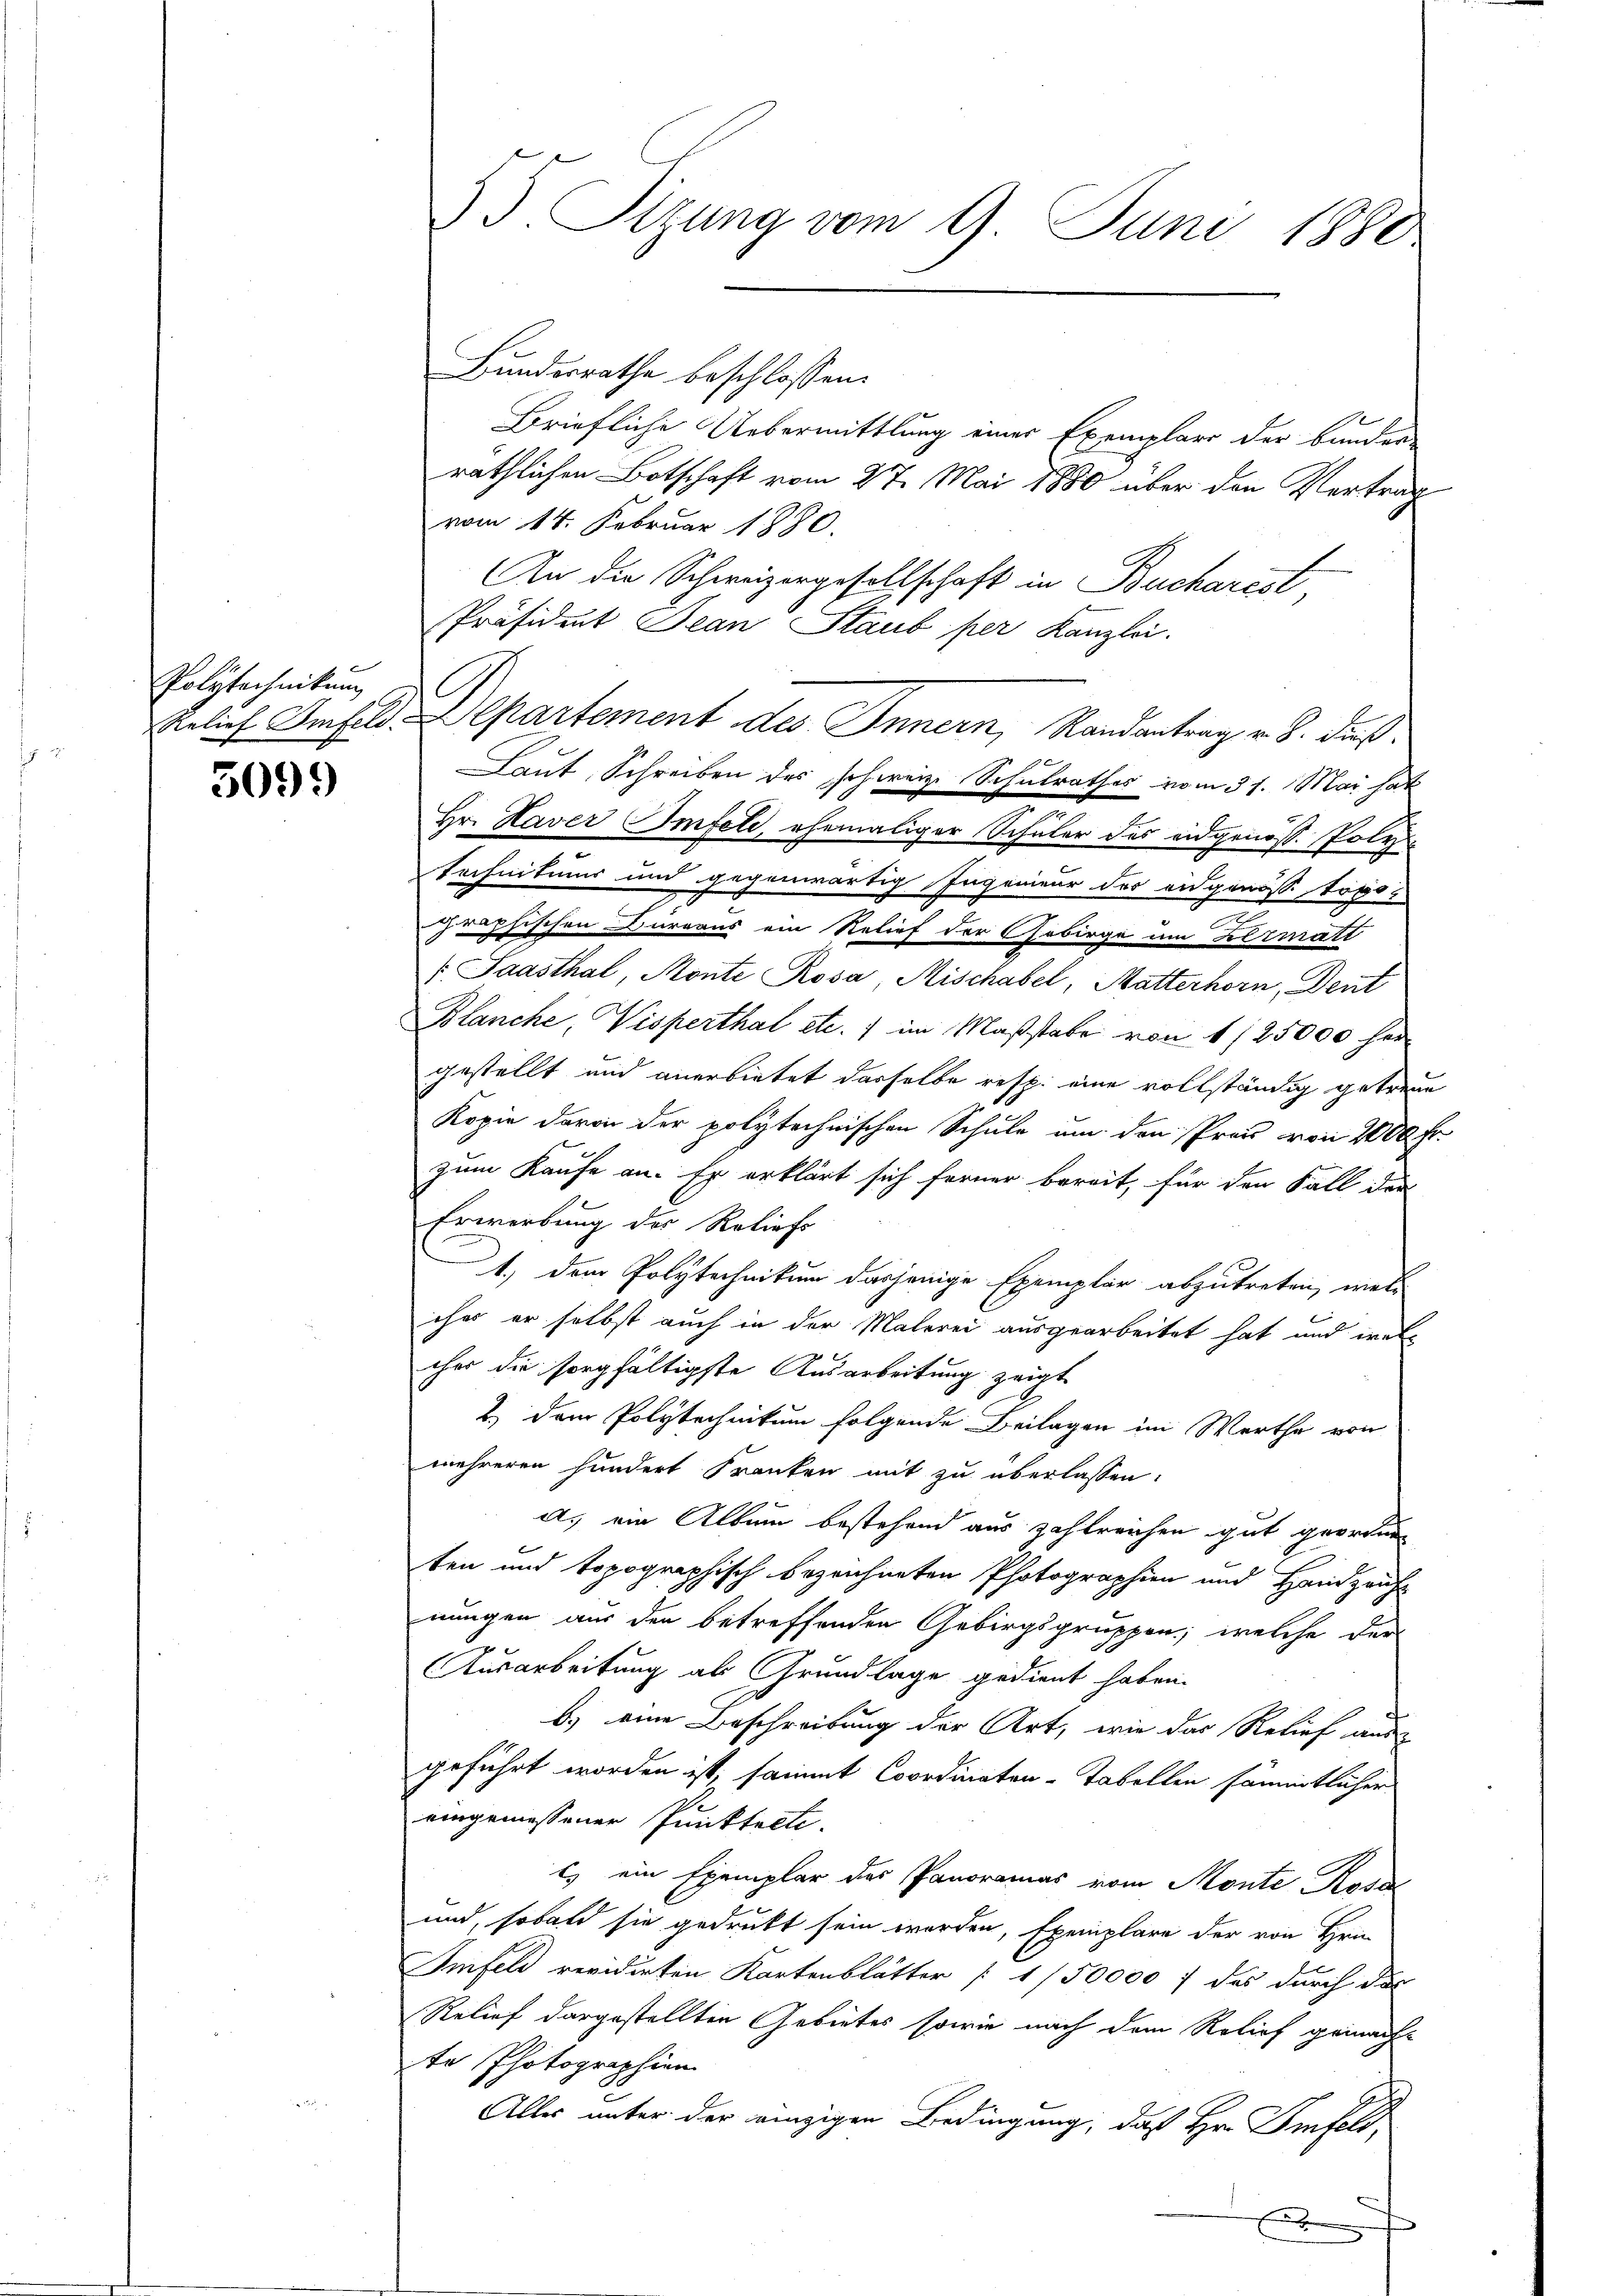
Polytechnikum

5099

33. Sitzung vom 9. Juni 1880

Bundesrathe beschlossen:
Briefliche Uebermittlung einer Exemplare der Bunden
räthlichen Botschaft vom 27. Mai 1880 über den Vertrag
vom 14. Februar 1880.
An die Schweizergesellschaft in Bucharest
Präsident Jean Staub per Kanzlei.
Eelief Anfeld. Departement des Innern, Randantrag v. 8. dieß
Laut Schreiben des schweize Schulrathes vom 31. Mai hat
Hr. Haver Imfele, ehemaliger Schüler des eidgenöss. Poly
technitums und gegenwärtig Ingenieur des eidgenösse topo
.
zeophischen Dürraus ein Relief der Gebirge um Hermatt
f. Saasthal, Monte Rosa, Mischabel, Mutterhorn, Deut
Blanche, Visperthal etc. 7 im Maßstabe von 1/25000 her
gestellt und anerbietet dasselbe resp. eine vollständig getreue
Kopie davon der polytechnischen Schule um den Pron von 2000 Fr.
zum Kaufe an. Er erklärt sich ferner bereit, für den Fall der
Erwerbung des Reliefs
1.) Dem Polytechnikum dasjenige Exemplar abzutreten, welc
ches er selbst auch in der Malerei ausgearbeitet hat und welches die sorgfältigste Ausarbeitung zeigt
2.) Dem Polytechnikum folgende Beilagen im Werthe von
mehreren hundert Franken mit zu überlassen:
a. ein Album bestehend aus zahlreichen gut geordnen
ten und topographisch bezeichneten Photographien und Handzeich
nungen aus den betreffenden Gebirgsgruppen; welche der
Ausarbeitung als Grundlage gedient haben.
b) eine Beschreibung der Art, wie das Relief aus-
geführt worden ist, sammt Coordinaten-Tabellen sämmtlicher
eingemessener Punktecti-
ts ein Exemplar des Panoramas vom Monte Rosal
und, sobald sie gedruckt sein werden, Exemplare der von Hrn.
Iinfeld revidirten Kartenblätter [1/50000 f das durch das
Relief dargestellten Gebietes sowie nach dem Relief gemach-
te Photographien
Alles unter der einzigen Bedingung, daß Hr. Finfels,